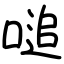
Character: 㗓